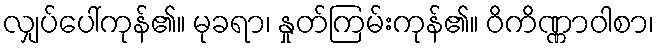
လျှပ်ပေါ်ကုန်၏။ မုခရာ၊ နှုတ်ကြမ်းကုန်၏။ ဝိကိဏ္ဏာဝါစာ၊